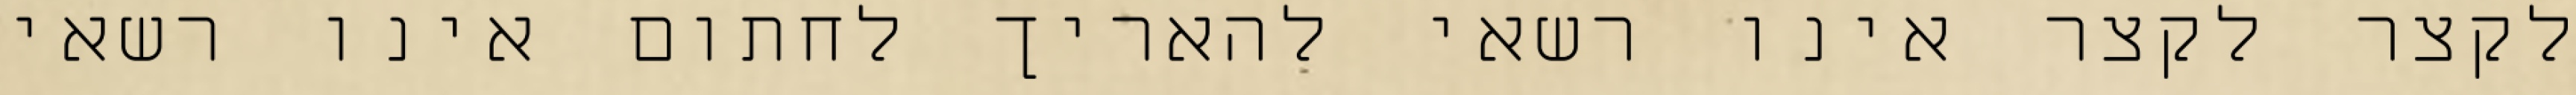
לקצר לקצר אינו רשאי להאריך לחתום אינו רשאי